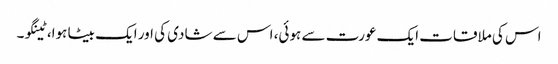
اس کی ملاقات ایک عورت سے ہوئی، اس سے شادی کی اور ایک بیٹا ہوا، ٹینگو۔